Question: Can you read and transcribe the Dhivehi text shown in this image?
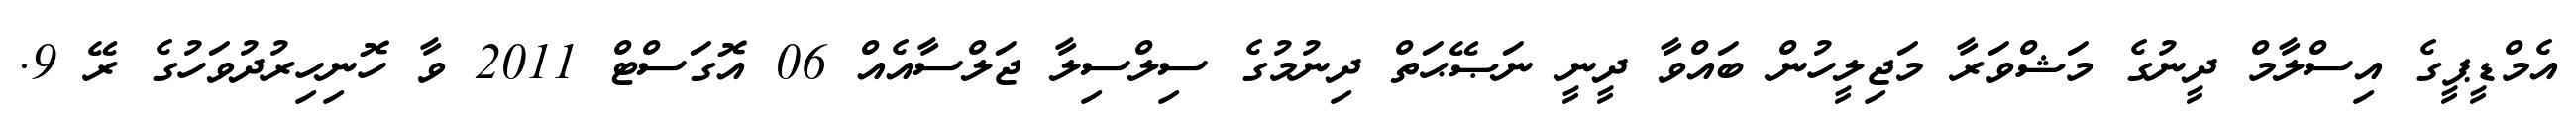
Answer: އެމްޑީޕީގެ އިސްލާމް ދީނުގެ މަޝްވަރާ މަޖިލީހުން ބައްވާ ދީނީ ނަޞޭޙަތް ދިނުމުގެ ސިލްސިލާ ޖަލްސާއެއް 06 އޮގަސްޓް 2011 ވާ ހޮނިހިރުދުވަހުގެ ރޭ 9.